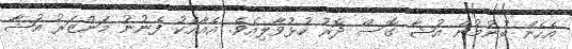
އެހެން ބުނުމުން އުޝާ ގޮސް ދޮރު ހުޅުވާލިއެވެ. އެއާއެކު ފެނުނު މަންޒަރު އުޝާ